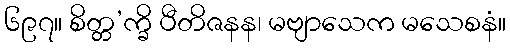
၆၉၇။ စိတ္တ’က္ခိ ပီတိဇနန၊ မဗျာသေက မသေစနံ။